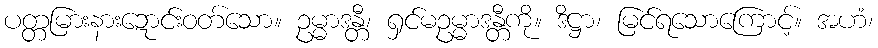
ပတ္တမြားနားဍောင်းဝတ်သော။ ဥမ္မာဒန္တီ၊ ရှင်မဥမ္မာဒန္တီကို။ ဒိဋ္ဌာ၊ မြင်ရသောကြောင့်။ အဟံ၊